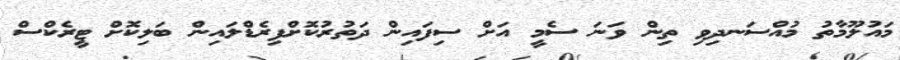
މައުލޫމާތު މުއްސަނދިވި ތިން ވަނަ ސެމީ އަށް ސިފައިން ދަތުރުކޮށްފިރެޑްލައިން ބަލިކޮށް ޓީރެކްސް